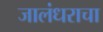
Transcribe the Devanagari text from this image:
जालंधराचा